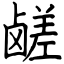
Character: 鹾